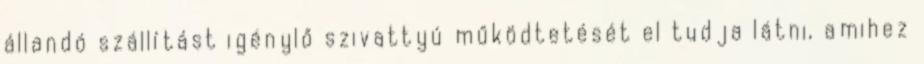
állandó szállítást igénylő szivattyú működtetését el tudja látni, amihez